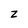
Character: z